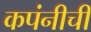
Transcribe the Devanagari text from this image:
कपंनीची